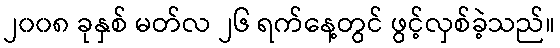
၂၀၀၈ ခုနှစ် မတ်လ ၂၆ ရက်နေ့တွင် ဖွင့်လှစ်ခဲ့သည်။